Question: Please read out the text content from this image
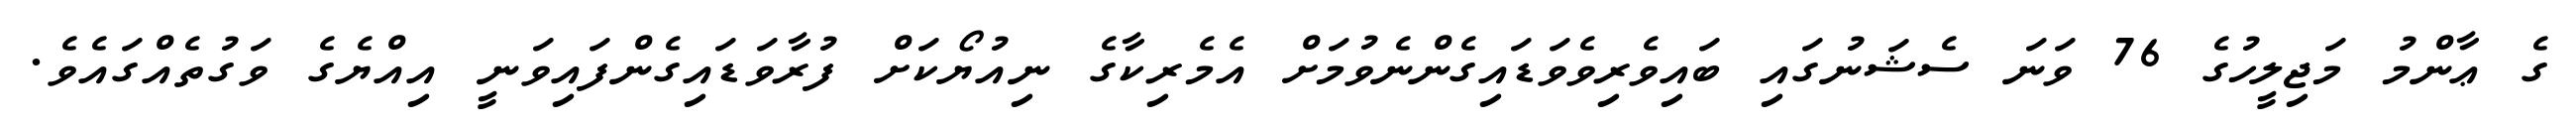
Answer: ގެ ޢާންމު މަޖިލީހުގެ 76 ވަނަ ސެޝަނުގައި ބައިވެރިވެވަޑައިގެންނެވުމަށް އެމެރިކާގެ ނިއުޔޯކަށް ފުރާވަޑައިގެންފައިވަނީ އިއްޔެގެ ވަގުތެއްގައެވެ.